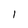
Character: 1